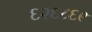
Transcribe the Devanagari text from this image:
६२६८६९